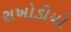
રાખોડીયો